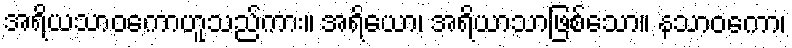
အရိယသာဝကောဟူသည်ကား။ အရိယော၊ အရိယာသာဖြစ်သော။ နသာဝကော၊